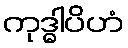
ကုဒ္ဓါပိဟံ